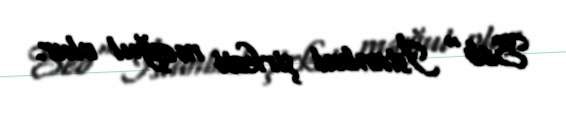
Seb" İstanbul şirkəti məşğul olur.